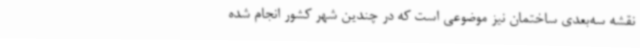
نقشه سه‌بعدی ساختمان نیز موضوعی است که در چندین شهر کشور انجام شده